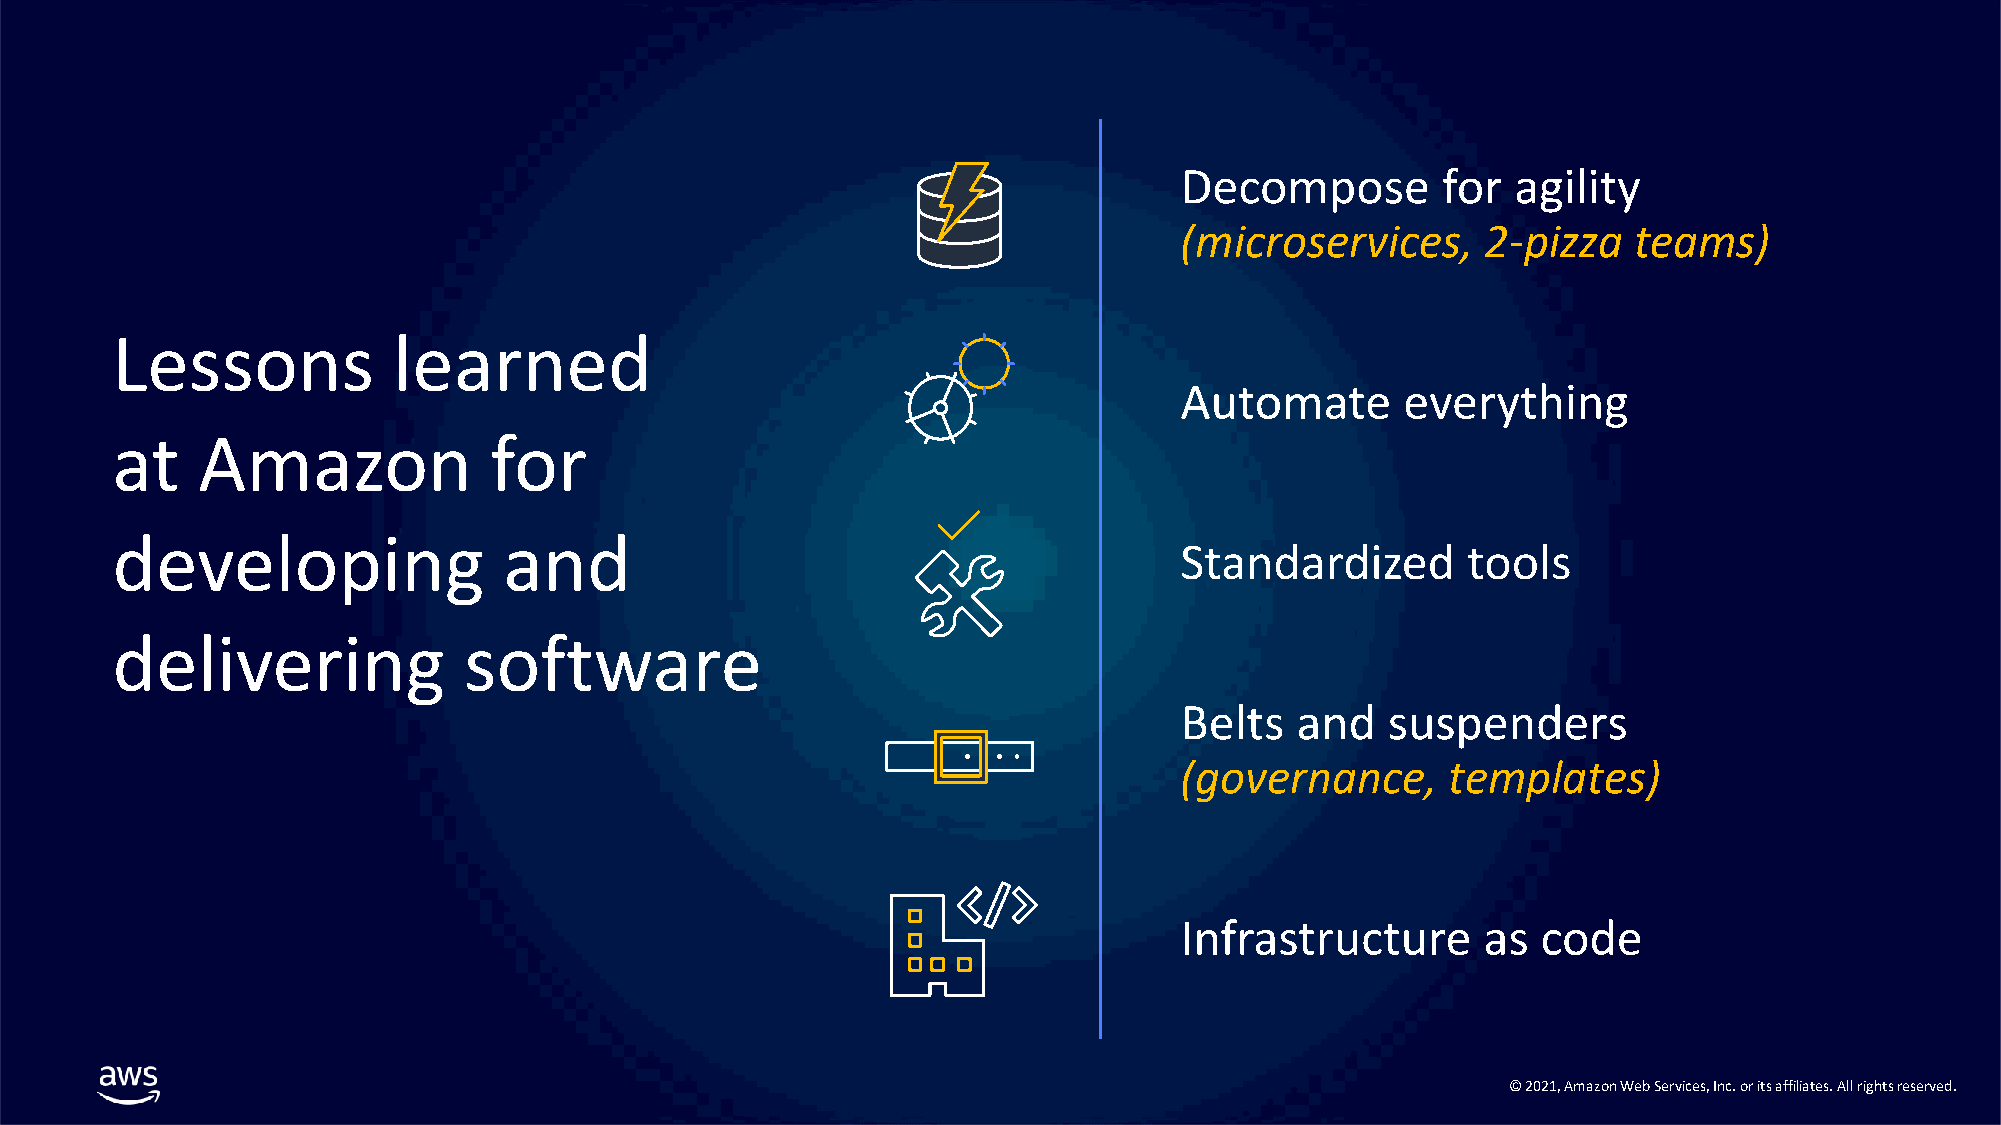
Decompose        for  agility
 (microservices,     2-pizza   teams)
 Lessons            learned
 Automate       everything
 at    Amazon             for
 developing                and
 Standardized       tools
 delivering              software
 Belts   and   suspenders
 (governance,      templates)
 Infrastructure      as  code
 © 2021, Amazon Web Services, Inc. or its affiliates. All rights reserved.